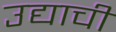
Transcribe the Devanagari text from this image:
उद्याची